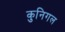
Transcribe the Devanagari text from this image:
कुनिगल